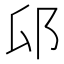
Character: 𰻟